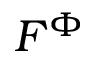
F ^ { \Phi }